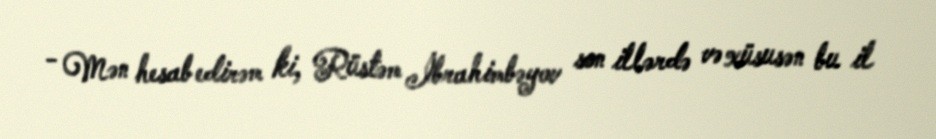
- Mən hesab edirəm ki, Rüstəm İbrahimbəyov son illərdə və xüsusən bu il